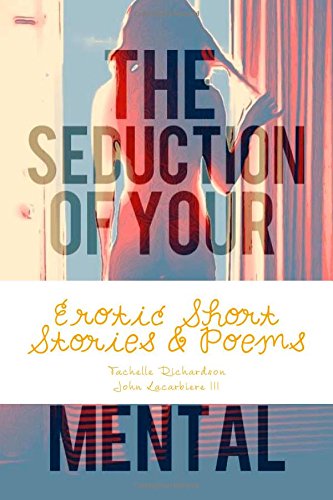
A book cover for The Seduction Of Your Mental; Tachelle Amber Richardson; Romance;